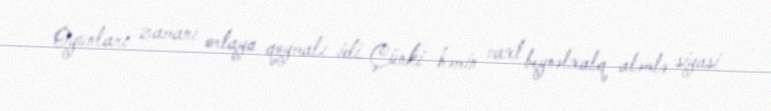
Oyunları zamanı ortaya qoymalı idi. Çünki həmin vaxt beynəlxalq aləmlə siyasi